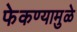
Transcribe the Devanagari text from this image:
फेकण्यामुळे